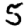
Digit: 5